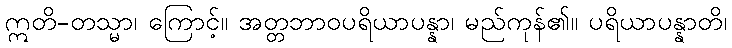
ဣတိ-တသ္မာ၊ ကြောင့်။ အတ္တဘာဝပရိယာပန္နာ၊ မည်ကုန်၏။ ပရိယာပန္နာတိ၊